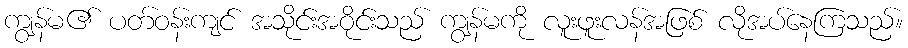
ကျွန်မ၏ ပတ်ဝန်းကျင် အသိုင်းအဝိုင်းသည် ကျွန်မကို လူးဖူးလန်အဖြစ် လိုအပ်နေကြသည်။